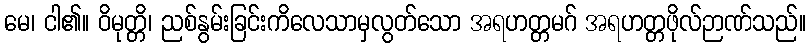
မေ၊ ငါ၏။ ဝိမုတ္တိ၊ ညစ်နွမ်းခြင်းကိလေသာမှလွတ်သော အရဟတ္တမဂ် အရဟတ္တဖိုလ်ဉာဏ်သည်။